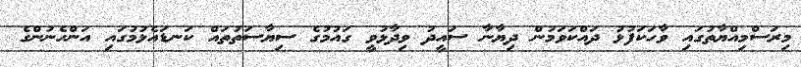
މިރަސްމިއްޔާތުގައި ވާހަކަފުޅު ދައްކަވަމުން ދިޔާނާ ސައީދު ވިދާޅުވީ ގައުމުގެ ސިޔާސަތުތައް ކަނޑައެޅުމުގައި އަންހެނުންގެ